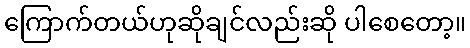
ကြောက်တယ်ဟုဆိုချင်လည်းဆို ပါစေတော့။